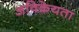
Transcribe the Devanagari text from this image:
अविक्रेयता